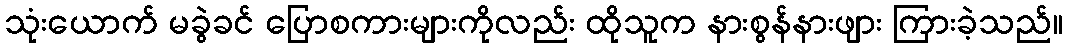
သုံးယောက် မခွဲခင် ပြောစကားများကိုလည်း ထိုသူက နားစွန်နားဖျား ကြားခဲ့သည်။